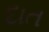
દાત